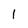
Character: l